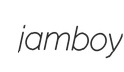
jamboy